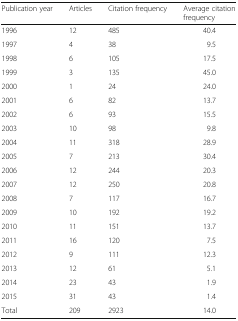
<table><thead><tr><td><b>Publication year</b></td><td><b>Articles</b></td><td><b>Citation frequency</b></td><td><b>Average citation frequency</b></td></tr></thead><tbody><tr><td>1996</td><td>12</td><td>485</td><td>40.4</td></tr><tr><td>1997</td><td>4</td><td>38</td><td>9.5</td></tr><tr><td>1998</td><td>6</td><td>105</td><td>17.5</td></tr><tr><td>1999</td><td>3</td><td>135</td><td>45.0</td></tr><tr><td>2000</td><td>1</td><td>24</td><td>24.0</td></tr><tr><td>2001</td><td>6</td><td>82</td><td>13.7</td></tr><tr><td>2002</td><td>6</td><td>93</td><td>15.5</td></tr><tr><td>2003</td><td>10</td><td>98</td><td>9.8</td></tr><tr><td>2004</td><td>11</td><td>318</td><td>28.9</td></tr><tr><td>2005</td><td>7</td><td>213</td><td>30.4</td></tr><tr><td>2006</td><td>12</td><td>244</td><td>20.3</td></tr><tr><td>2007</td><td>12</td><td>250</td><td>20.8</td></tr><tr><td>2008</td><td>7</td><td>117</td><td>16.7</td></tr><tr><td>2009</td><td>10</td><td>192</td><td>19.2</td></tr><tr><td>2010</td><td>11</td><td>151</td><td>13.7</td></tr><tr><td>2011</td><td>16</td><td>120</td><td>7.5</td></tr><tr><td>2012</td><td>9</td><td>111</td><td>12.3</td></tr><tr><td>2013</td><td>12</td><td>61</td><td>5.1</td></tr><tr><td>2014</td><td>23</td><td>43</td><td>1.9</td></tr><tr><td>2015</td><td>31</td><td>43</td><td>1.4</td></tr><tr><td>Total</td><td>209</td><td>2923</td><td>14.0</td></tr></tbody></table>